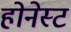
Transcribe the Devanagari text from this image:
होनेस्ट